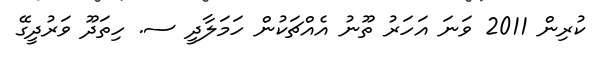
ކުރިން 2011 ވަނަ އަހަރު ތޫނު އެއްޗަކުން ހަމަލާދީ ސ. ހިތަދޫ ވަރުދީގޭ